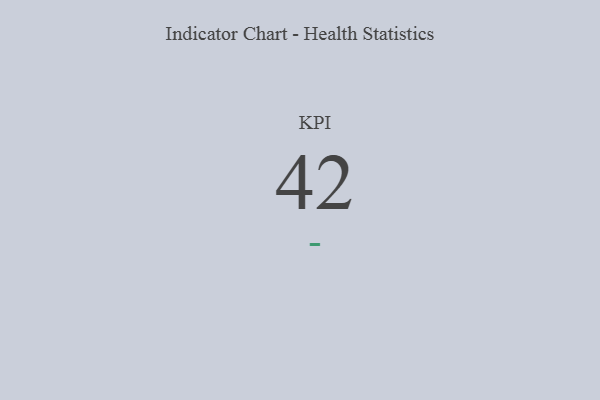
{"axis": {"x": "KPI", "y": "Value"}, "legend": [""], "data": [{"x": "KPI", "y": 42, "type": ""}]}